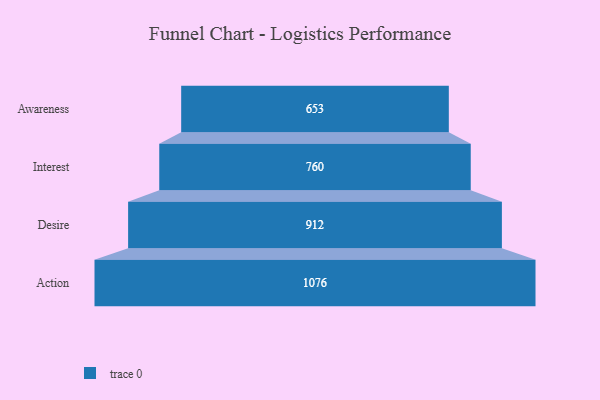
{"axis": {"x": "Stage", "y": "Value"}, "legend": [""], "data": [{"x": "Awareness", "y": 653.0, "type": ""}, {"x": "Interest", "y": 760.0, "type": ""}, {"x": "Desire", "y": 912.0, "type": ""}, {"x": "Action", "y": 1076.0, "type": ""}]}